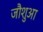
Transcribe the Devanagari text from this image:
जौशुआ